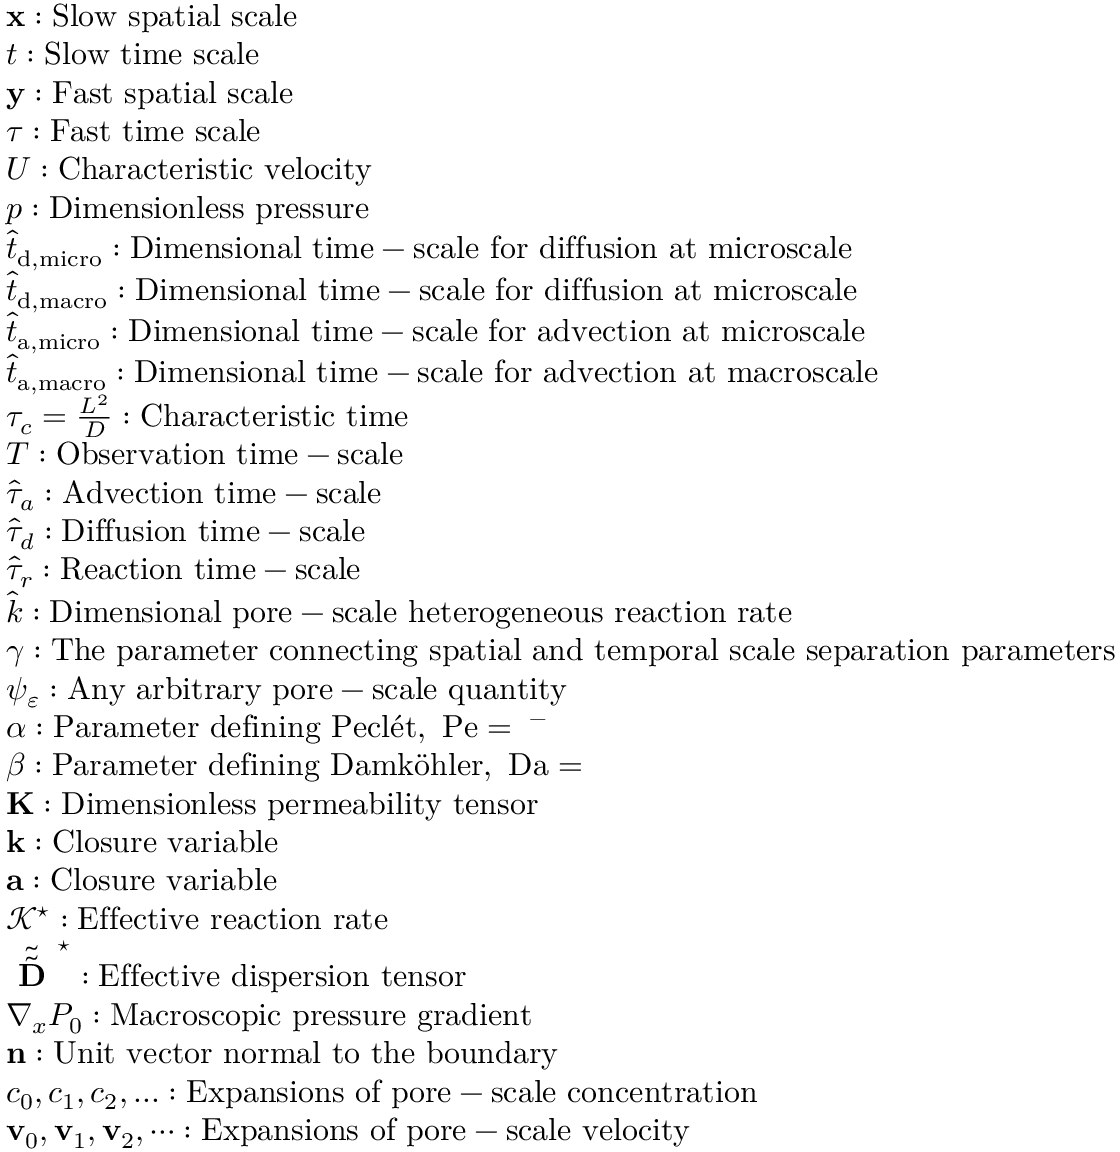
\begin{array} { r l } & { \mathbf x : \mathrm { S l o w ~ s p a t i a l ~ s c a l e } } \\ & { t : \mathrm { S l o w ~ t i m e ~ s c a l e } } \\ & { \mathbf y : \mathrm { F a s t ~ s p a t i a l ~ s c a l e } } \\ & { \tau : \mathrm { F a s t ~ t i m e ~ s c a l e } } \\ & { U : \mathrm { C h a r a c t e r i s t i c ~ v e l o c i t y } } \\ & { p : \mathrm { D i m e n s i o n l e s s ~ p r e s s u r e } } \\ & { \hat { t } _ { \mathrm { \tiny { d , m i c r o } } } : \mathrm { D i m e n s i o n a l ~ t i m e - s c a l e ~ f o r ~ d i f f u s i o n ~ a t ~ m i c r o s c a l e } } \\ & { \hat { t } _ { \mathrm { \tiny { d , m a c r o } } } : \mathrm { D i m e n s i o n a l ~ t i m e - s c a l e ~ f o r ~ d i f f u s i o n ~ a t ~ m i c r o s c a l e } } \\ & { \hat { t } _ { \mathrm { \tiny { a , m i c r o } } } : \mathrm { D i m e n s i o n a l ~ t i m e - s c a l e ~ f o r ~ a d v e c t i o n ~ a t ~ m i c r o s c a l e } } \\ & { \hat { t } _ { \mathrm { \tiny { a , m a c r o } } } : \mathrm { D i m e n s i o n a l ~ t i m e - s c a l e ~ f o r ~ a d v e c t i o n ~ a t ~ m a c r o s c a l e } } \\ & { \tau _ { c } = \frac { L ^ { 2 } } { D } : \mathrm { C h a r a c t e r i s t i c ~ t i m e } } \\ & { T : \mathrm { O b s e r v a t i o n ~ t i m e - s c a l e } } \\ & { \hat { \tau } _ { a } : \mathrm { A d v e c t i o n ~ t i m e - s c a l e } } \\ & { \hat { \tau } _ { d } : \mathrm { D i f f u s i o n ~ t i m e - s c a l e } } \\ & { \hat { \tau } _ { r } : \mathrm { R e a c t i o n ~ t i m e - s c a l e } } \\ & { \hat { k } : \mathrm { D i m e n s i o n a l ~ p o r e - s c a l e ~ h e t e r o g e n e o u s ~ r e a c t i o n ~ r a t e } } \\ & { \gamma : \mathrm { T h e ~ p a r a m e t e r ~ c o n n e c t i n g ~ s p a t i a l ~ a n d ~ t e m p o r a l ~ s c a l e ~ s e p a r a t i o n ~ p a r a m e t e r s } } \\ & { \psi _ { \varepsilon } : \mathrm { A n y ~ a r b i t r a r y ~ p o r e - s c a l e ~ q u a n t i t y } } \\ & { \alpha : \mathrm { P a r a m e t e r ~ d e f i n i n g ~ P e c l \' { e } t , ~ \mathrm { P e } = \omega ^ { - \alpha } ~ } } \\ & { \beta : \mathrm { P a r a m e t e r ~ d e f i n i n g ~ D a m k \" { o } h l e r , ~ \mathrm { D a } = \omega ^ { \beta } ~ } } \\ & { \mathbf K : \mathrm { D i m e n s i o n l e s s ~ p e r m e a b i l i t y ~ t e n s o r } } \\ & { \mathbf k : \mathrm { C l o s u r e ~ v a r i a b l e } } \\ & { \mathbf { a } : \mathrm { C l o s u r e ~ v a r i a b l e } } \\ & { \mathcal { K ^ { \star } } : \mathrm { E f f e c t i v e ~ r e a c t i o n ~ r a t e } } \\ & { \tilde { \tilde { \textbf { D } } } ^ { \star } : \mathrm { E f f e c t i v e ~ d i s p e r s i o n ~ t e n s o r } } \\ & { \nabla _ { x } P _ { 0 } : \mathrm { M a c r o s c o p i c ~ p r e s s u r e ~ g r a d i e n t } } \\ & { \mathbf n : \mathrm { U n i t ~ v e c t o r ~ n o r m a l ~ t o ~ t h e ~ b o u n d a r y } } \\ & { c _ { 0 } , c _ { 1 } , c _ { 2 } , . . . : \mathrm { E x p a n s i o n s ~ o f ~ p o r e - s c a l e ~ c o n c e n t r a t i o n } } \\ & { \mathbf { v } _ { 0 } , \mathbf { v } _ { 1 } , \mathbf { v } _ { 2 } , \cdots : \mathrm { E x p a n s i o n s ~ o f ~ p o r e - s c a l e ~ v e l o c i t y } } \end{array}